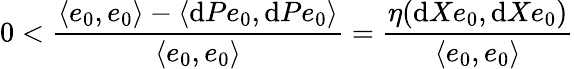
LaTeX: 0<\frac{\langle e_{0},e_{0}\rangle-\langle\mathrm dPe_{0},\mathrm dPe_{0}\rangle}{\langle e_{0},e_{0}\rangle}=\frac{\eta(\mathrm dXe_{0},\mathrm dXe_{0})}{\langle e_{0},e_{0}\rangle}